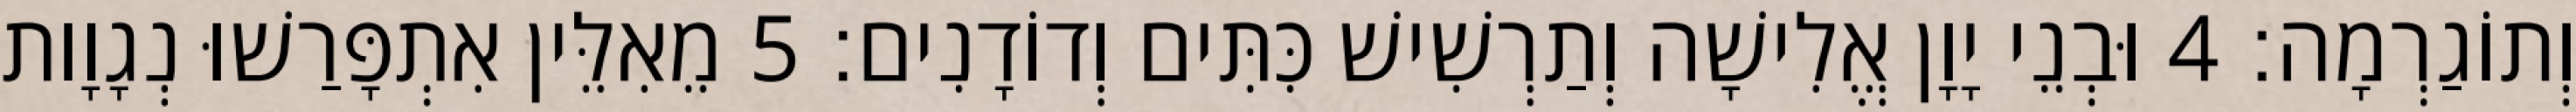
וְתוֹגַרְמָה׃ 4 וּבְנֵי יָוָן אֱלִישָׁה וְתַרְשִׁישׁ כִּתִּים וְדוֹדָנִים׃ 5 מֵאִלֵּין אִתְפָּרַשׁוּ נְגָוָות